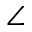
\angle